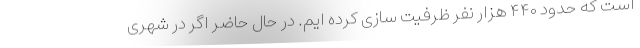
است که حدود ۴۴۰ هزار نفر ظرفیت سازی کرده ایم. در حال حاضر اگر در شهری